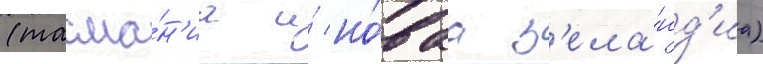
(тасма́н'иа и́ но́ваа з'ела́нд'иа)